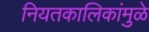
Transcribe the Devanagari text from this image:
नियतकालिकांमुळे